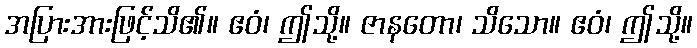
အပြားအားဖြင့်သိ၏။ ဧဝံ၊ ဤသို့။ ဇာနတော၊ သိသော။ ဧဝံ၊ ဤသို့။